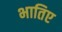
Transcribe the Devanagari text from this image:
भातिए